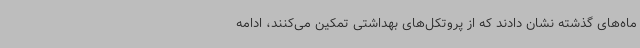
ماه‌های گذشته نشان دادند که از پروتکل‌های بهداشتی تمکین می‌کنند، ادامه